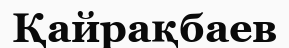
Қайрақбаев